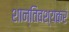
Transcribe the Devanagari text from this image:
शान्तिवश्यकरं